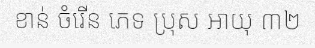
ខាន់ ចំរើន ភេទ ប្រុស អាយុ ៣២